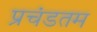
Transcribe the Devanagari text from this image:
प्रचंडतम